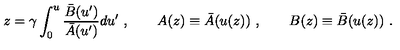
z = \gamma \int _ { 0 } ^ { u } \frac { { \bar { B } } ( u ^ { \prime } ) } { { \bar { A } } ( u ^ { \prime } ) } d u ^ { \prime } \ , \qquad A ( z ) \equiv { \bar { A } } ( u ( z ) ) \ , \qquad B ( z ) \equiv { \bar { B } } ( u ( z ) ) \ .